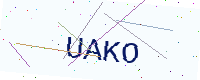
Text: UAKO